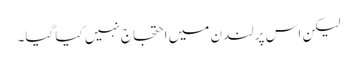
لیکن اس پر لندن میں احتجاج نہیں کیا گیا۔